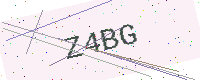
Text: Z4BG